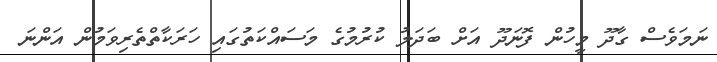
ނަމަވެސް ގާދޫ މީހުން ފޮނަދޫ އަށް ބަދަލު ކުރުމުގެ މަސައްކަތުގައި ހަރަކާތްތެރިވަމުން އަންނަ